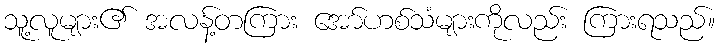
သူ့လူများ၏ အလန့်တကြား အော်ဟစ်သံများကိုလည်း ကြားရသည်။